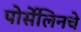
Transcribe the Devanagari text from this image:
पोर्सेलिनचे